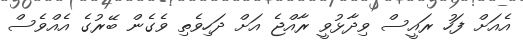
އެއަށް ފަހު ރައީސް ވިދާޅުވީ ރާއްޖެ އަށް ދަހިވެތި ވެގެން ބޭރުގެ އެއްވެސް